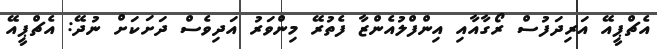
އެޗްޕީއޭ އަރިދަފުސް ރޯގާއާއި އިންފްލުއެންޒާ ފެތުރޭ މިންވަރު އަދިވެސް ދަށަކަށް ނުދޭ: އެޗްޕީއޭ